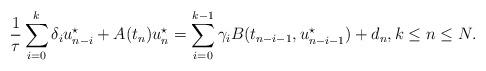
LaTeX: \begin{align*}\frac{1}{\tau}\sum\limits^{k}_{i=0}\delta_i u_{n-i}^\star + A(t_n) u_n^\star=\sum \limits^{k-1}_{i=0}\gamma_iB(t_{n-i-1},u^\star_{n-i-1})+d_n, k\le n \le N.\\\end{align*}